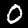
Label: 0